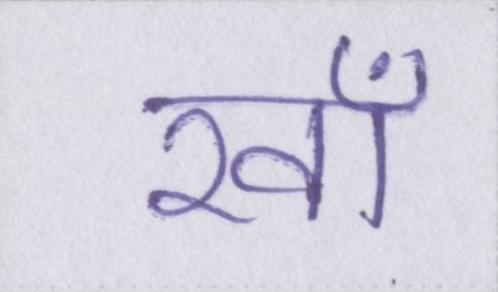
रवाँ